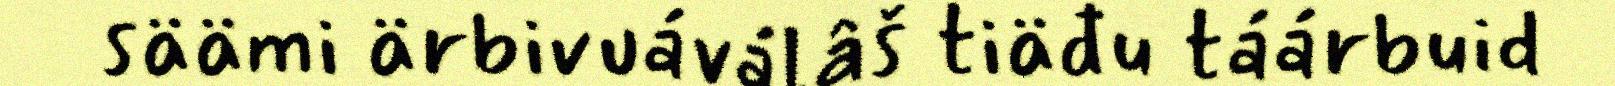
säämi ärbivuáválâš tiäđu táárbuid